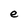
Character: e